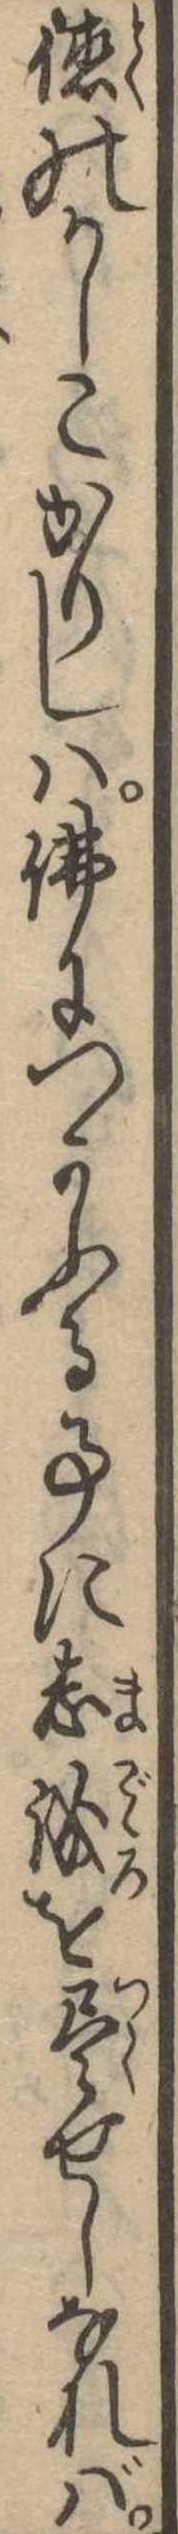
徳のかしこかりしは仏につかふる事に志誠を尽せしなれば